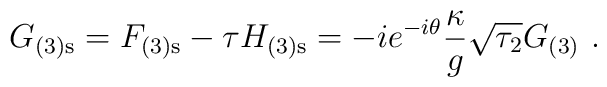
G_{(3)\rm s} = F_{(3)\rm s} - \tau H_{(3)\rm s} = -i e^{-i\theta}\frac{\kappa}{g}\sqrt{\tau_2} G_{(3)}\ .